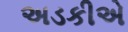
અડકીએ